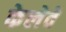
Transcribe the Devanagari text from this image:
केलेवे